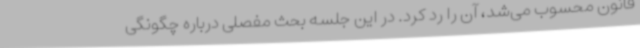
قانون محسوب می‌شد، آن را رد کرد. در این جلسه بحث مفصلی درباره چگونگی